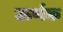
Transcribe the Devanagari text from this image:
ऊर्णक